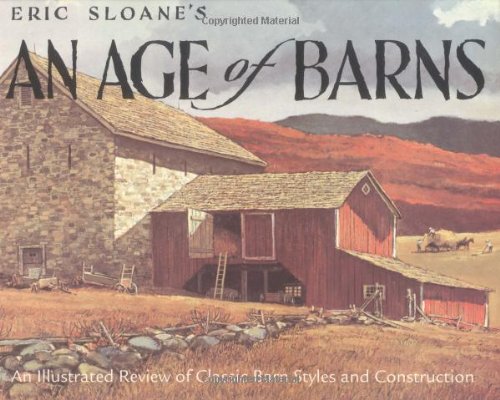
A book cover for Eric Sloane's An Age of Barns: An Illustrated Review of Classic Barn Styles and Construction; Eric Sloane; Humor & Entertainment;